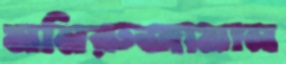
মনিরুজামান